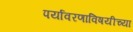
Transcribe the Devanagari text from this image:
पर्यावरणाविषयीच्या